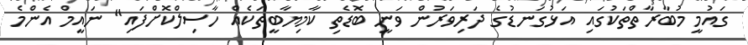
ގައުމީ މުބާރާތްތަކުގައި އަޅުގަނޑުގެ ދަރިވަރުން ވަނީ ބޮޑެތި ކާމިޔާބީތަކެއް ހާސިލްކޮށްފައި" ނައީމް އެންމެ